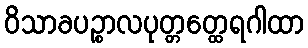
ဝိသာခပဉ္စာလပုတ္တတ္ထေရဂါထာ